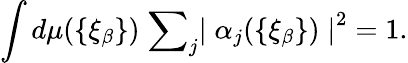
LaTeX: \int d\mu(\{ {\xi}_{\beta}\} )\; {\sum}_{j}{\mid{\alpha}_{j}(\{ {\xi}_{\beta}\} )\mid}^{2}=1.